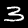
Label: 3